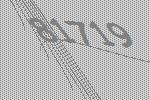
81719